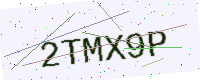
Text: 2TMX9P